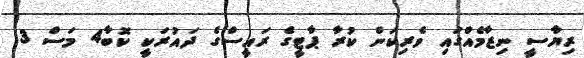
ރިޔާސީ ނިޒާމެއްގައި ވެރިކަން ކުރާ ޕާޓީގެ ރައީސްގެ ދައުރަކީ ކޮބާ4 މަސް 3